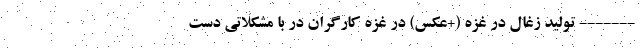
------- تولید زغال در غزه (+عکس) در غزه کارگران در با مشکلاتی دست